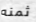
ثمنه